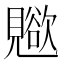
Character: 𧢊